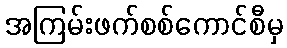
အကြမ်းဖက်စစ်ကောင်စီမှ